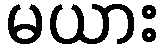
မယား